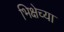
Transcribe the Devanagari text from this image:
भिक्षेच्या